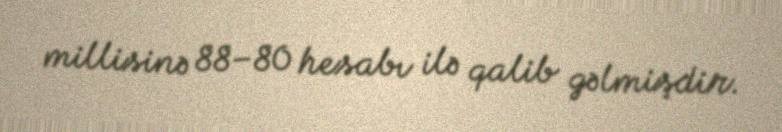
millisinə 88–80 hesabı ilə qalib gəlmişdir.